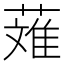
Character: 𬝴